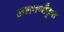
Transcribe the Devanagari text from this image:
अलवणीकृत